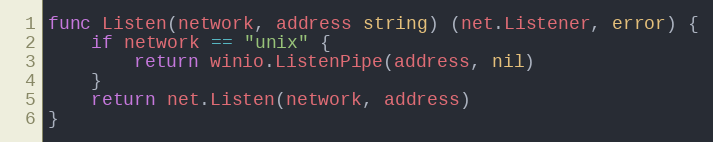
Language: Go
func Listen(network, address string) (net.Listener, error) {
	if network == "unix" {
		return winio.ListenPipe(address, nil)
	}
	return net.Listen(network, address)
}